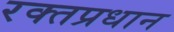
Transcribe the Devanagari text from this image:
रक्तप्रधान